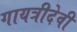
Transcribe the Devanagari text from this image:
गायत्रीदेवी